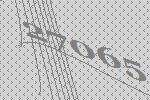
27065